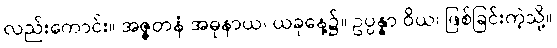
လည်းကောင်း။ အဇ္ဇတနံ အဓုနာယ၊ ယခုနေ့၌။ ဥပ္ပန္နာ ဝိယ၊ ဖြစ်ခြင်းကဲ့သို့။